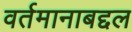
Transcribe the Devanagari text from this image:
वर्तमानाबद्दल